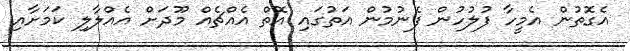
އެގޮތުން އެމީހާ ފުލުހުން ފެނުމުން އަތުގައި އޮތް އެއްޗެއް މޫދަށް އެއްލާލި ކަމަށާއި